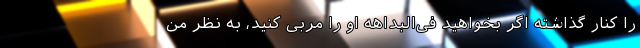
را کنار گذاشته اگر بخواهید فی‌البداهه او را مربی کنید، به نظر من